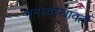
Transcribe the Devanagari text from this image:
भूमध्यरेखावर्ती